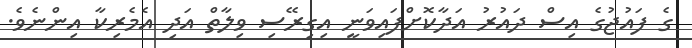
ގެ ފައުޖުގެ އިސް ދައުރު އަދާކޮށްފައިވަނީ އިގިރޭސި ވިލާތް އަދި އެމެރިކާ އިންނެވެ.